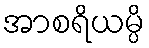
အာစရိယမ္ပိ